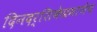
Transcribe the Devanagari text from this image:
दिनदर्शिकेप्रमाणेच